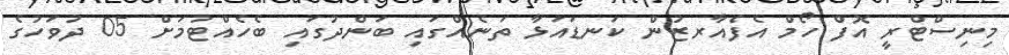
މިނިސްޓްރީ އޮފް ހޯމް އެފެއާރޒުން ކަނޑައަޅާ ތަނެއްގައި ބަންދުގައި ބެހެއްޓުމަށް 05 ދުވަހުގެ